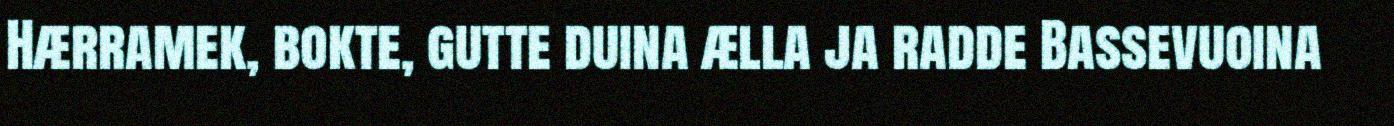
Hærramek, bokte, gutte duina ælla ja radde Bassevuoina